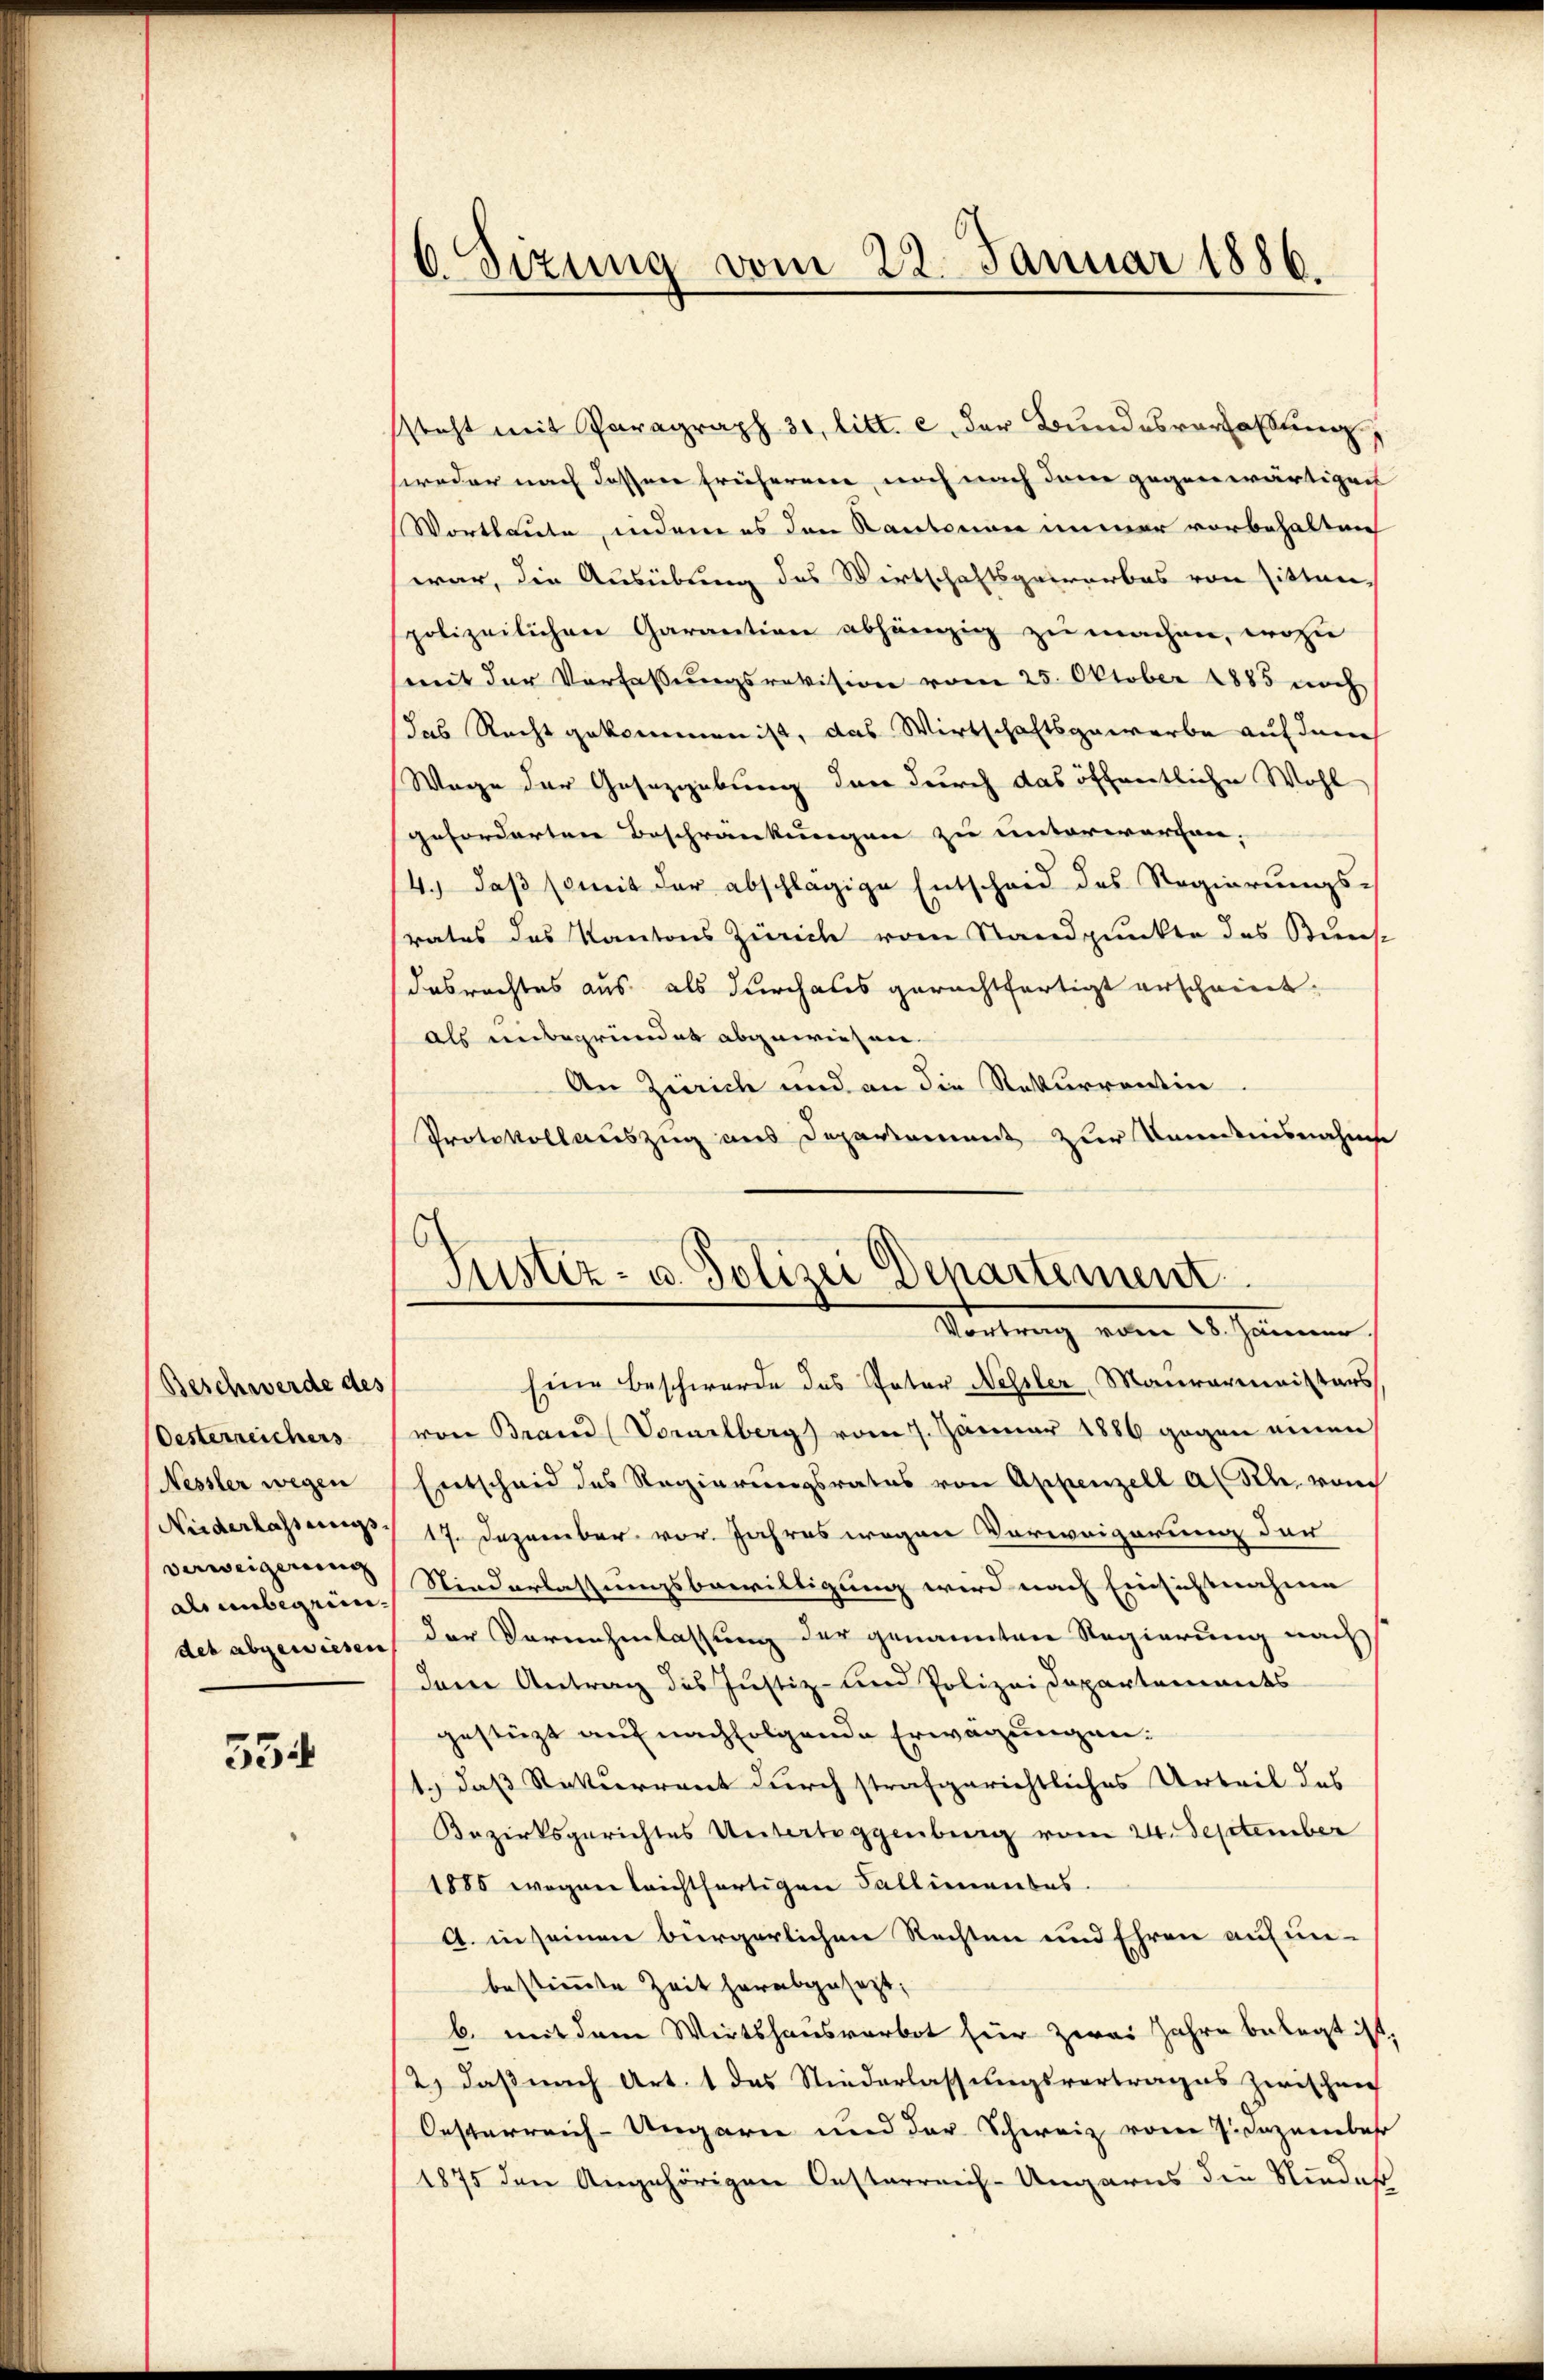
Beschwerde des
Oesterreichers
Nessler wegen
Niederlassungs-
verweigerung
als unbegründes abgewiesen

534

6. Sizung vom 22. Januar 1886.

Justiz- u. Polizei Departement
Vertrag vom 25. Jannun

steht mit Paragraph 31. litt. c. der Bundesverfassung,
woder nach dessen früheren, noch nach den gegenwärtigen
Wortlaute, indem es den Kantonen immer vorbehalten
war, die Ausübung des Wirtschaftsgeworbes von Sittenpolizeilichen Garantion abhängig zu machen, wozu
mit der Verfassungsrevision vom 25. Oktober 1885 noch
das Recht gekommen ist, das Wirtschaftsgewarbe auf den
Wege der Gesetzgebung den durch das öffentliche Wohl
geforderten Beschränkungen zu unterworfen,
14.) daß somit der abschlägige Entscheid des Regierungs-
rates das Kantons Zürich vom Standpunkte das Kunst
dasrechtes aus als durchales gerechtfertigt erscheint.
als unbegründet abgewiesen.
An Zürich und an die Rekurrentin
Protokollauszug aus Deparament zur Kündnisnahms
Eine Beschwerde das Pater Nessler, Maurermeisters
(von Brand (Vorarlberg) vom 7. Januar 1886 gegen einen
Entscheid des Regierungsrates von Appenzell a. Ich, von
17. Dezember vor. Jahres wegen Verweigerung der
Niederlassungsbewilligung wird nach Einsichtnahme
der Vernehmlassung der genannten Regierung nach
dare Antrag des Justiz- und Polizei Departements
gestüzt auf nachfolgende Erwägungen:
1.) daß Rekurrent durch strafgerichtliches Urteil des
Bezirksgerichtes Untertoggenberg vom 24. September
1885 wegen leichtfertigen Fallimentes.
A. in seinen bürgerlichen Rechten und Ehren auf unbestimmte Zeit herabgesezt,
b. mit dem Wirtshausverbot für zwei Jahre belegt ist
2) daß nach Art. 1 das Niederlassungsvertrages zwischen
Oesterreich-Ungarn und der Schweiz vom 7. Jezember
1875 den Angehörigen Oesterreich-Ungarns die Niedes